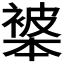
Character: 𬡩